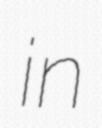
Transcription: in